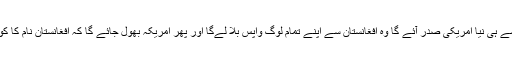
’میں آپ کو بتا رہا ہوں کہ جیسے ہی نیا امریکی صدر آئے گا وہ افغانستان سے اپنے تمام لوگ واپس بلا لےگا اور پھر امریکہ بھول جائے گا کہ افغانستان نام کا کوئی ملک بھی اس دنیا میں ہے۔